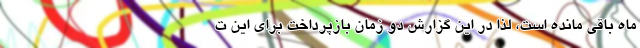
ماه باقی مانده است، لذا در این گزارش دو زمان بازپرداخت برای این ت